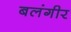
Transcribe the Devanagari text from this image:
बलंगीर